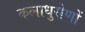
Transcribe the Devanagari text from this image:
कलाधुरोणों